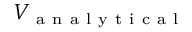
V _ { \mathrm { ~ a ~ n ~ a ~ l ~ y ~ t ~ i ~ c ~ a ~ l ~ } }